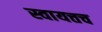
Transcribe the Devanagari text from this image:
स्वायत्तच